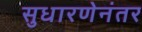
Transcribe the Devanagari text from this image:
सुधारणेनंतर